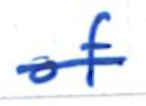
Text: of
Cross-out: single-line
Writing tool: ballpoint